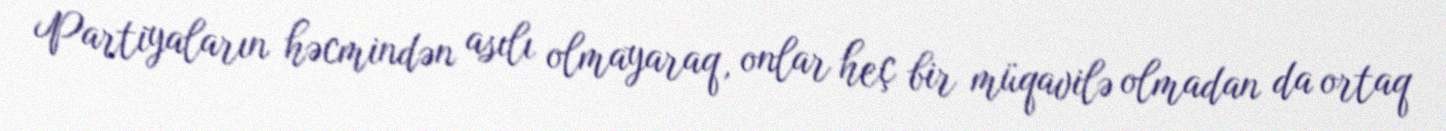
Partiyaların həcmindən asılı olmayaraq, onlar heç bir müqavilə olmadan da ortaq